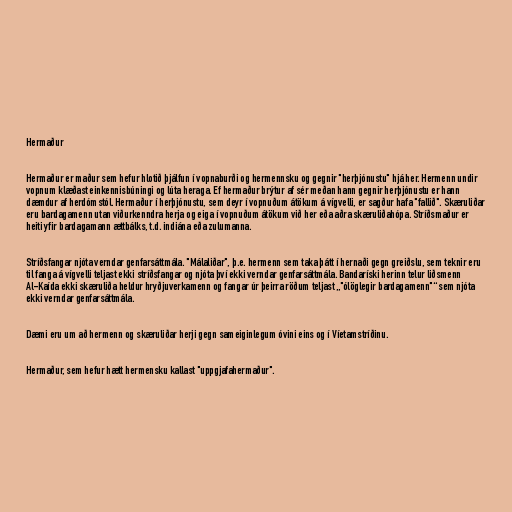
Hermaður

Hermaður er maður sem hefur hlotið þjálfun í vopnaburði og hermennsku og gegnir "herþjónustu" hjá her. Hermenn undir
vopnum klæðast einkennisbúningi og lúta heraga. Ef hermaður brýtur af sér meðan hann gegnir herþjónustu er hann
dæmdur af herdómstól. Hermaður í herþjónustu, sem deyr í vopnuðum átökum á vígvelli, er sagður hafa "fallið". Skæruliðar
eru bardagamenn utan viðurkenndra herja og eiga í vopnuðum átökum við her eða aðra skæruliðahópa. Stríðsmaður er
heiti yfir bardagamann ættbálks, t.d. indiána eða zulumanna.

Stríðsfangar njóta verndar genfarsáttmála. "Málaliðar", þ.e. hermenn sem taka þátt í hernaði gegn greiðslu, sem teknir eru
til fanga á vígvelli teljast ekki stríðsfangar og njóta því ekki verndar genfarsáttmála. Bandaríski herinn telur liðsmenn
Al-Kaída ekki skæruliða heldur hryðjuverkamenn og fangar úr þeirra röðum teljast „"ólöglegir bardagamenn"“ sem njóta
ekki verndar genfarsáttmála.

Dæmi eru um að hermenn og skæruliðar herji gegn sameiginlegum óvini eins og í Víetamstríðinu.

Hermaður, sem hefur hætt hermensku kallast "uppgjafahermaður".